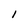
Character: l